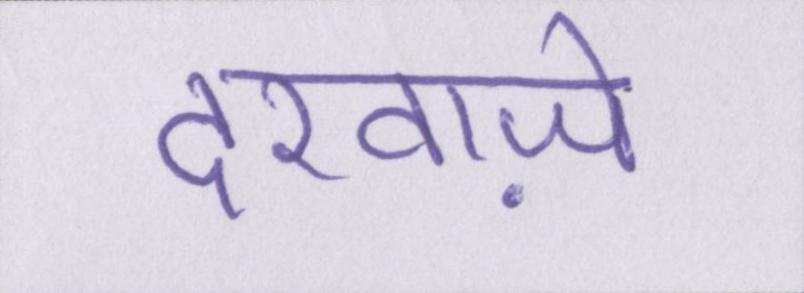
दरवाज़े